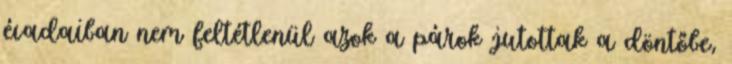
évadaiban nem feltétlenül azok a párok jutottak a döntőbe,